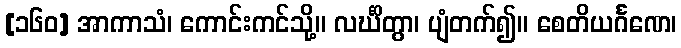
[၁၆၀] အာကာသံ၊ ကောင်းကင်သို့။ လင်္ဃိတွာ၊ ပျံတက်၍။ စေတိယင်္ဂဏေ၊